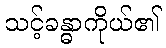
သင့်ခန္ဓာကိုယ်၏